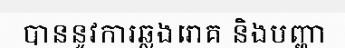
បាននូវការឆ្លងរោគ និងបញ្ហា